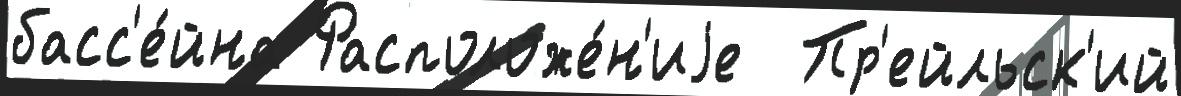
басс'е́йна Расположе́н'иjе  Пр'ейльск'ий